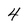
Character: 4